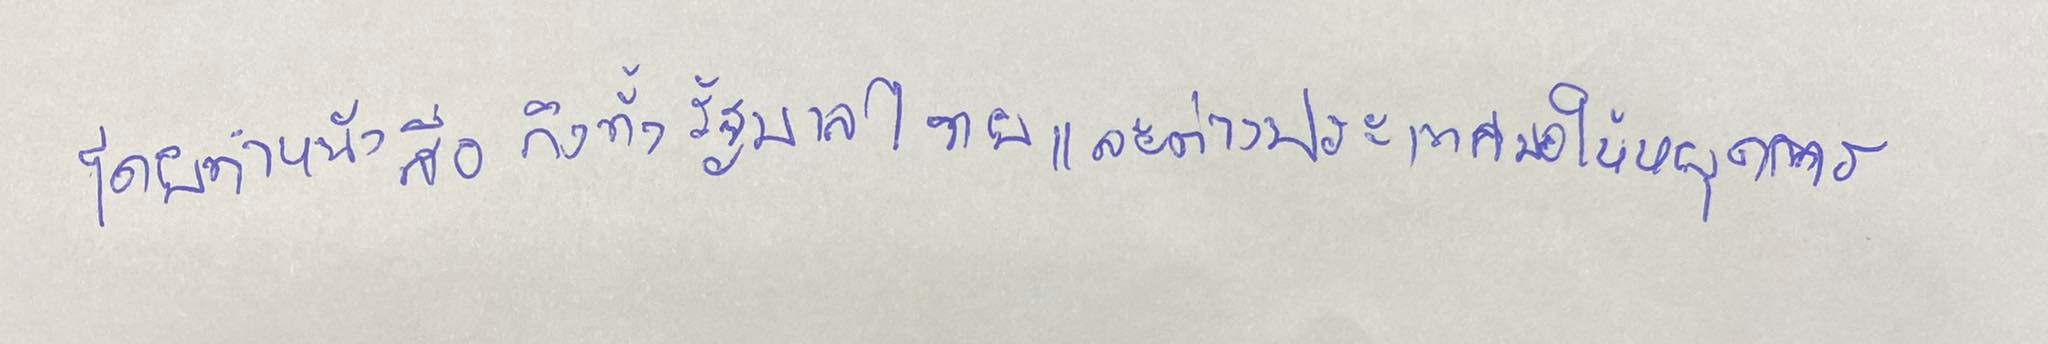
โดยทำหนังสือถึงทั้งรัฐบาลไทยและต่างประเทศขอให้หยุดการ